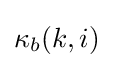
\kappa _{b}(k,i)\,\!